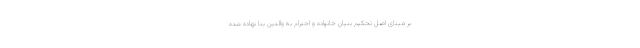
بر مبنای اصل تحکیم بنیان خانواده و احترام به والدین بنا نهاده شده